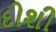
દોશી